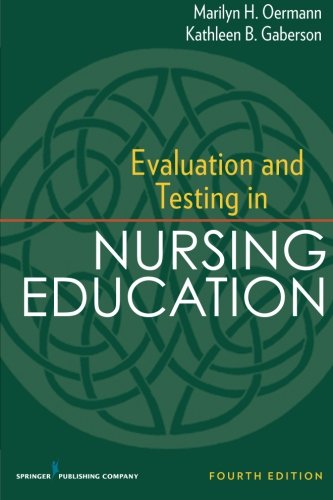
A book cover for Evaluation and Testing in Nursing Education: Fourth Edition (Springer Series on the Teaching of Nursing); Marilyn H. Oermann PhD  RN  FAAN  ANEF; Medical Books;